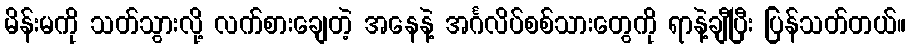
မိန်းမကို သတ်သွားလို့ လက်စားချေတဲ့ အနေနဲ့ အင်္ဂလိပ်စစ်သားတွေကို ရာနဲ့ချီပြီး ပြန်သတ်တယ်။